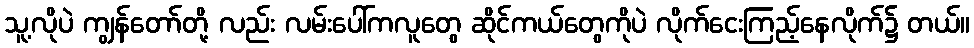
သူ့လိုပဲ ကျွန်တော်တို့ လည်း လမ်းပေါ်ကလူတွေ ဆိုင်ကယ်တွေကိုပဲ လိုက်ငေးကြည့်နေလိုက်၌ တယ်။